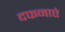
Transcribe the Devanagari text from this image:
दफनाएं